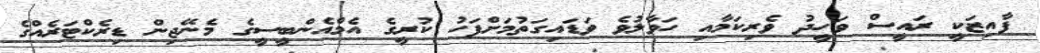
ފާއިޒަކީ ރައީސް ވަހީދު ވެރިކަމާއި ހަވާލުވެ ވަޑައިގަތުމަށްފަހު ކުރީގެ އެމްއެންބީސީގެ މެނޭޖިން ޑިރެކްޓަރެއްގެ